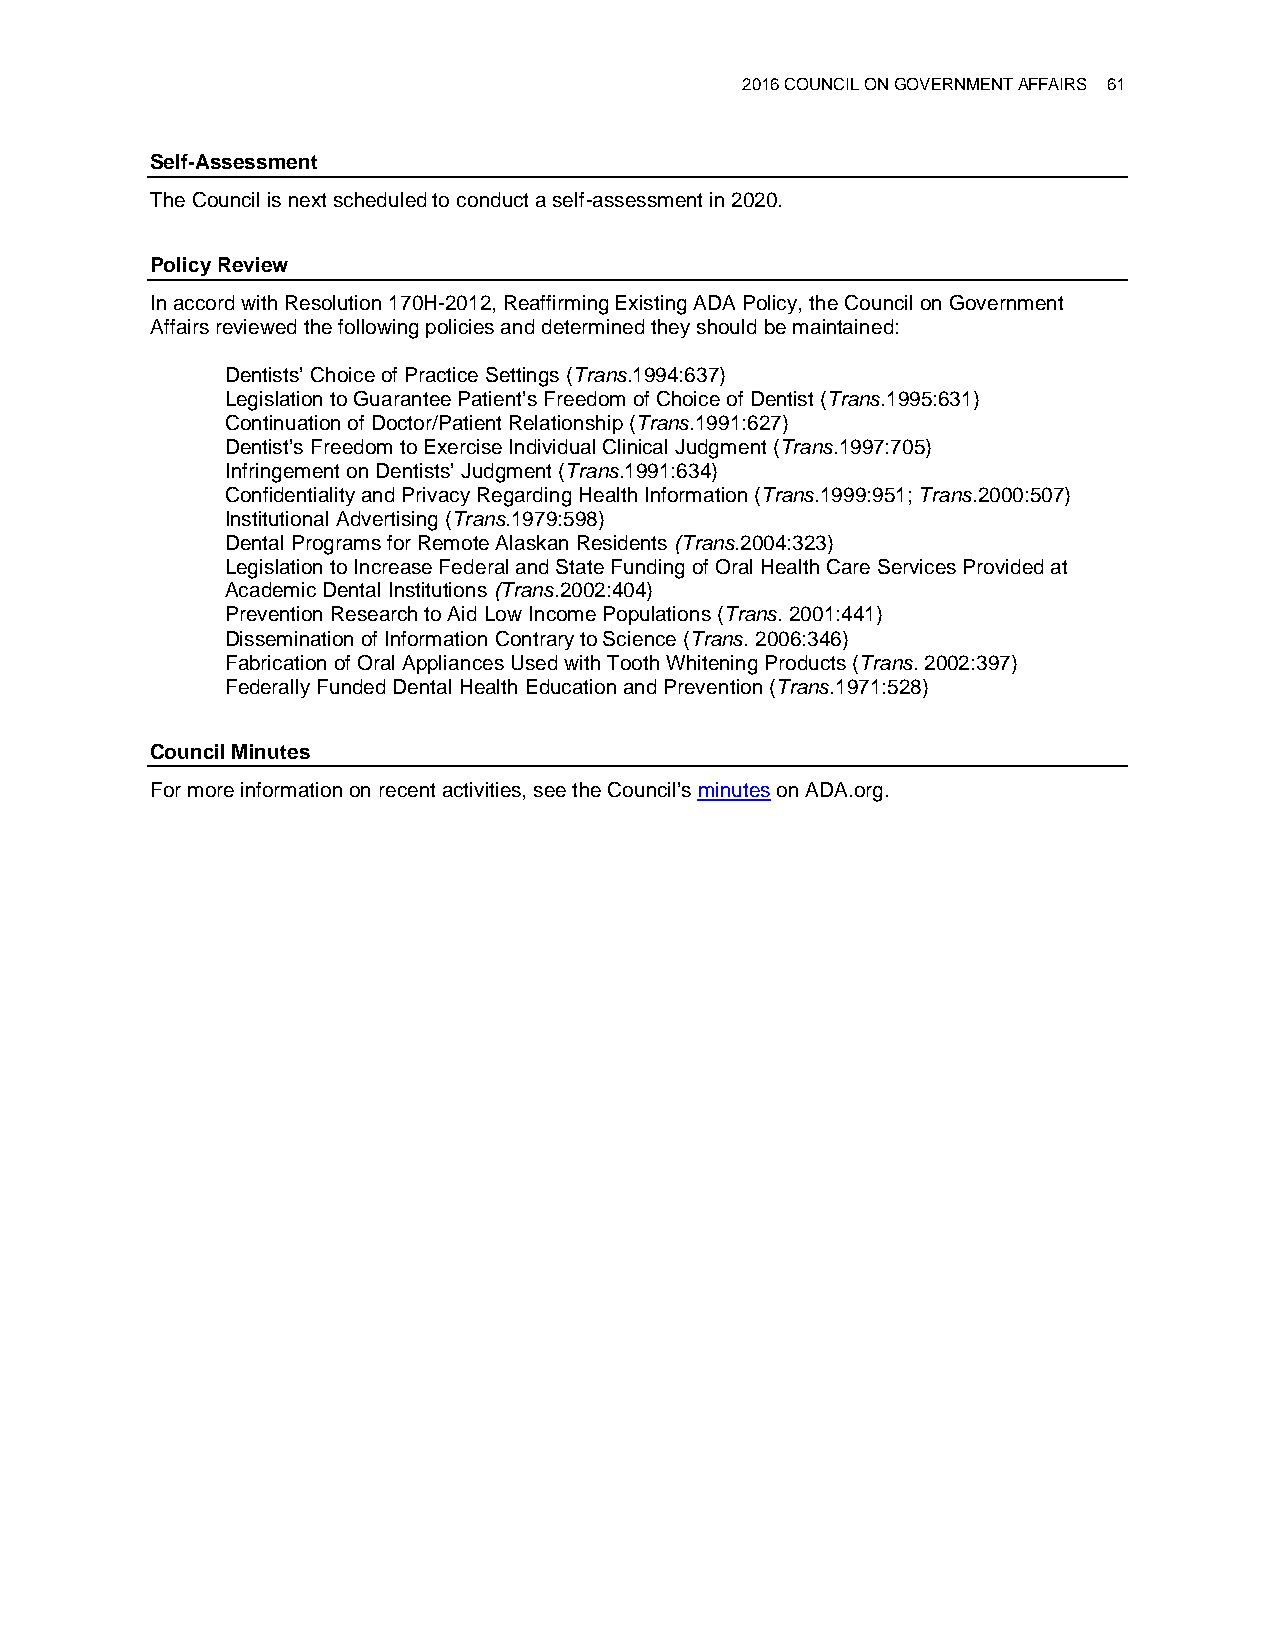
2016 COUNCIL ON GOVERNMENT AFFAIRS 61
 Self-Assessment
 The Council is next scheduled to conduct a self-assessment in 2020.
 Policy Review
 In accord with Resolution 170H-2012, Reaffirming Existing ADA Policy, the Council on Government
 Affairs reviewed the following policies and determined they should be maintained:
 Dentists’ Choice of Practice Settings (Trans.1994:637)
 Legislation to Guarantee Patient’s Freedom of Choice of Dentist (Trans.1995:631)
 Continuation of Doctor/Patient Relationship (Trans.1991:627)
 Dentist’s Freedom to Exercise Individual Clinical Judgment (Trans.1997:705)
 Infringement on Dentists’ Judgment (Trans.1991:634)
 Confidentiality and Privacy Regarding Health Information (Trans.1999:951; Trans.2000:507)
 Institutional Advertising (Trans.1979:598)
 Dental Programs for Remote Alaskan Residents (Trans.2004:323)
 Legislation to Increase Federal and State Funding of Oral Health Care Services Provided at
 Academic Dental Institutions (Trans.2002:404)
 Prevention Research to Aid Low Income Populations (Trans. 2001:441)
 Dissemination of Information Contrary to Science (Trans. 2006:346)
 Fabrication of Oral Appliances Used with Tooth Whitening Products (Trans. 2002:397)
 Federally Funded Dental Health Education and Prevention (Trans.1971:528)
 Council Minutes
 For more information on recent activities, see the Council’s minutes on ADA.org.